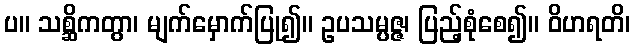
ပ။ သစ္ဆိကတွာ၊ မျက်မှောက်ပြု၍။ ဥပသမ္ပဇ္ဇ၊ ပြည့်စုံစေ၍။ ဝိဟရတိ၊